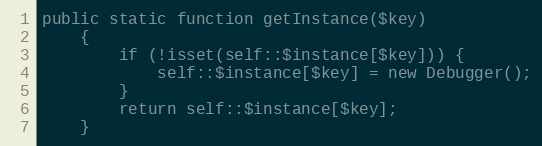
Language: PHP
public static function getInstance($key)
	{
		if (!isset(self::$instance[$key])) {
			self::$instance[$key] = new Debugger();
		}
		return self::$instance[$key];
	}